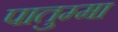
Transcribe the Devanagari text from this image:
पातुम्मा